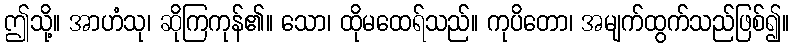
ဤသို့။ အာဟံသု၊ ဆိုကြကုန်၏။ သော၊ ထိုမထေရ်သည်။ ကုပိတော၊ အမျက်ထွက်သည်ဖြစ်၍။